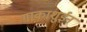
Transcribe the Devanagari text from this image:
गाकाशुईन